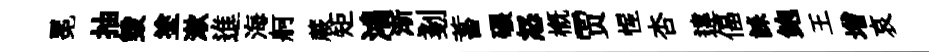
冕抽毀塗漱進海舸蕨矩鴻渐剗蓄碾怒槪贾惺杏違偪誄鲍王增哀